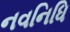
નવનિધિ